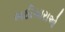
ભઠીયારાઓ